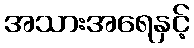
အသားအရေနှင့်